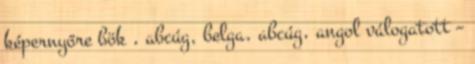
képernyőre bök , abcúg, belga, abcúg, angol válogatott –